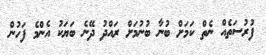
ފުރުސަތެއް ނެތް ކަމަށް ބުނާ ބުނުމަށް ރައްދު ދޭނެ ބަޔަކު އެންމެ ފަހުން